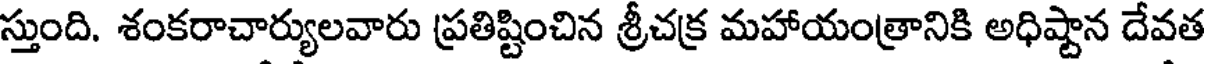
స్తుంది. శంకరాచార్యులవారు ప్రతిష్టించిన శ్రీచక్ర మహాయంత్రానికి అధిష్టాన దేవత